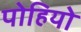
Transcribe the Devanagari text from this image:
पोहियो